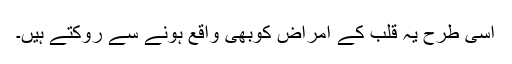
اسی طرح یہ قلب کے امراض کوبھی واقع ہونے سے روکتے ہیں۔